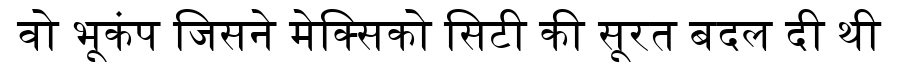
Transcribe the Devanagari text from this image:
वो भूकंप जिसने मेक्सिको सिटी की सूरत बदल दी थी